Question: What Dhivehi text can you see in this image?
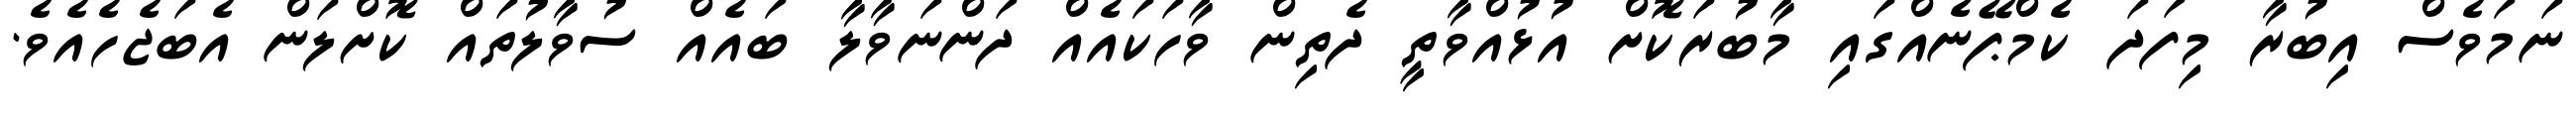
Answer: ނަމަވެސް އިބުރާ މިފަދަ ކެމްޕޭނެއްގައި މާބުރަކޮށް އުޅުއްވާތީ ދެތިން ވާހަކައެއް ދަންނަވާލާ ބައެއް ސުވާލުތައް ކޮށްލަން އެބަޖެހެއެވެ.